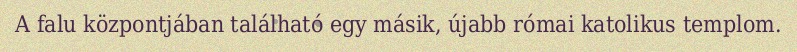
A falu központjában található egy másik, újabb római katolikus templom.